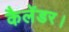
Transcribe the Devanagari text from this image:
कैलेंडर।